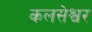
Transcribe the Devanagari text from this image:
कलसेश्वर